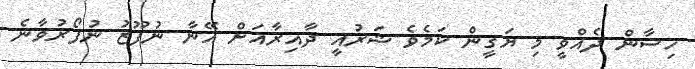
ހިސާން ދެއްވީ މި ޔަގީން ކަމެވެ ޝަރުއީ ދާއިރާއަށް އޭނާ ނުފޫޒު ނުފޯރުވާނެ